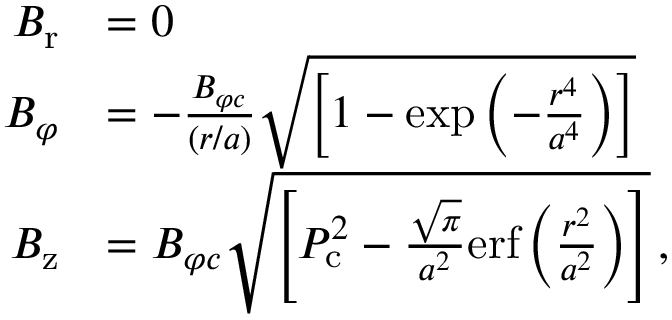
\begin{array} { r l } { B _ { \mathrm { r } } } & { = 0 } \\ { B _ { \varphi } } & { = - \frac { B _ { \varphi c } } { ( r / a ) } \sqrt { \left[ 1 - \mathrm { e x p } \left( - \frac { r ^ { 4 } } { a ^ { 4 } } \right) \right] } } \\ { B _ { \mathrm { z } } } & { = B _ { \varphi c } \sqrt { \left[ P _ { \mathrm { c } } ^ { 2 } - \frac { \sqrt { \pi } } { a ^ { 2 } } \mathrm { e r f } \left( \frac { r ^ { 2 } } { a ^ { 2 } } \right) \right] } \, , } \end{array}